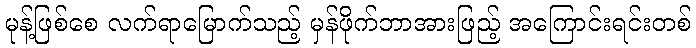
မုန့်ဖြစ်စေ လက်ရာမြောက်သည့် မှန်ဖိုက်ဘာအားဖြည့် အကြောင်းရင်းတစ်